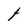
Character: t